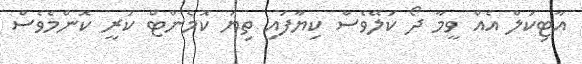
އާޓިކަލް އެއް ވީމާ ދޯ ކަލޭވެސް ކިޔާފައި ތިޔަ ކޮމެންޓް ކުރީ ކޮންމެވެސް